Senior Leaving Certificate Examination (including Day School Certificate (Higher) General paper), 1947
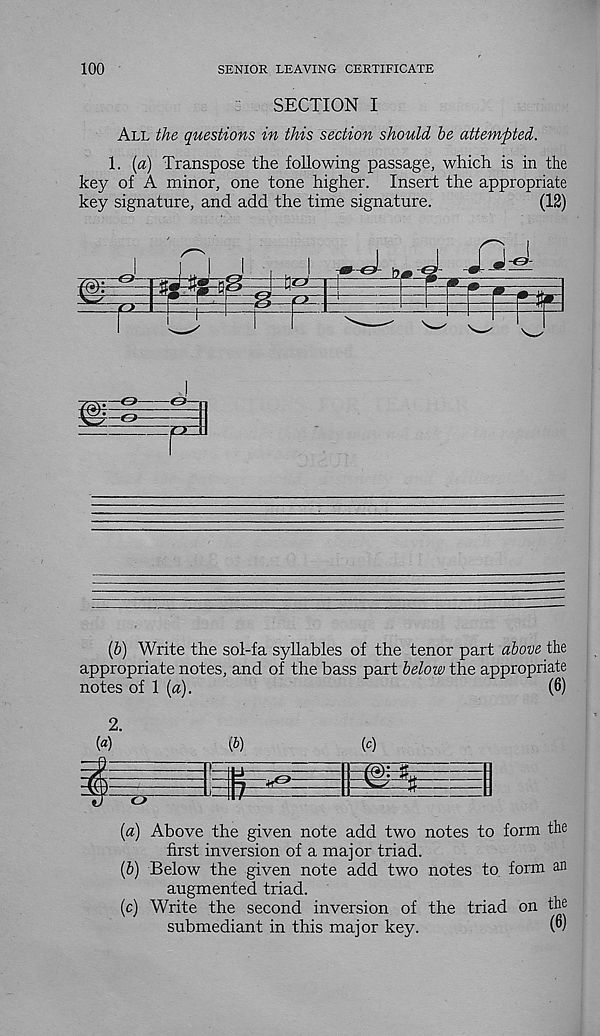
100
SENIOR LEAVING CERTIFICATE
SECTION I
All the questions in this section should be attempted.
1. [a) Transpose the following passage, which is in the
key of A minor, one tone higher. Insert the appropriate
key signature, and add the time signature.
(12)
r
[b) Write the sol-fa syllables of the tenor part above the
appropriate notes, and of the bass part below the appropriate
notes of 1 [a).
(6)
(а) Above the given note add two notes to form the
first inversion of a major triad.
(б) Below the given note add two notes to form an
augmented triad.
(c) Write the second inversion of the triad on the
submediant in this major key.
(°)